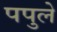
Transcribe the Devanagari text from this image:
पपुले